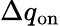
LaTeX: \Delta q_{\mathrm{on}}